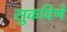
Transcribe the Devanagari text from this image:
सुकविणे